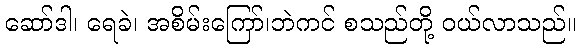
ဆော်ဒါ၊ ရေခဲ၊ အစိမ်းကြော်၊ဘဲကင် စသည်တို့ ဝယ်လာသည်။